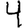
Digit: 4